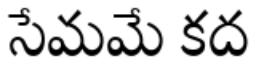
సేమమే కద